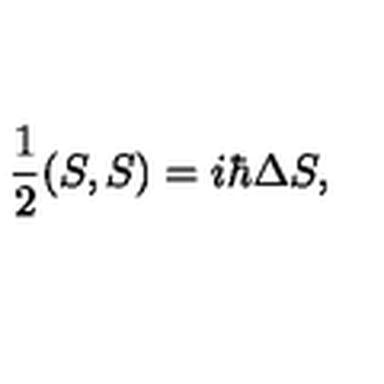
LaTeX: { \frac { 1 } { 2 } } ( S , S ) = i \hbar \Delta S ,